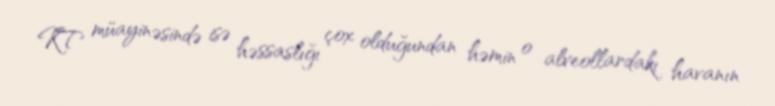
KT müayinəsində isə həssaslığı çox olduğundan həmin o alveollardakı havanın